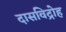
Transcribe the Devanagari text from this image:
दासविद्रोह